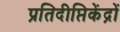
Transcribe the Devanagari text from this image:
प्रतिदीप्तिकेंद्रों